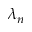
\lambda _ { n }